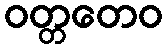
ဝတ္တတေဝ